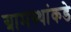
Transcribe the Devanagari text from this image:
ग्रामस्थांकडे